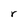
Character: r